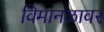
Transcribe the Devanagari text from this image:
विमानळावर